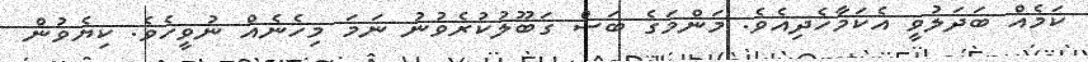
ކަމެއް ބަދަލުވީ އެކަމާހެދިއެވެ. މަންމަގެ ބަސް ގަބޫލުކުރެވުނު ނަމަ މިހެނެއް ނުވީހެވެ. ކިޔެވުން